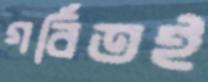
গর্বিতই